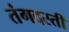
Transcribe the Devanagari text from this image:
तंगदस्ती